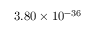
3 . 8 0 \times 1 0 ^ { - 3 6 }